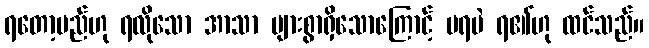
ရတော့မည်ဟု ရလိုသော အာသာ များစွာရှိသောကြောင့် မရပဲ ရ၏ဟု ထင်သည်။